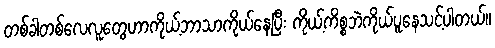
တစ်ခါတစ်လေလူတွေဟာကိုယ့်ဘာသာကိုယ်နေပြီး ကိုယ့်ကိစ္စဘဲကိုယ်ပူနေသင့်ပါတယ်။